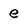
Character: e